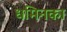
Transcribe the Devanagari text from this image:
धमिनका